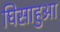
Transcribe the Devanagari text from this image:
घिसाहुआ